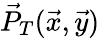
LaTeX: \vec{P}_{T}(\vec{x},\vec{y})